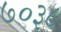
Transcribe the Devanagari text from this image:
७०३८